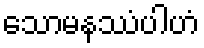
သောမနဿံပါဟံ